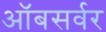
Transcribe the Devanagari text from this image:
ऑबसर्वर